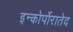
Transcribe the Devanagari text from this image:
इन्कोर्पोरातेद